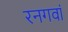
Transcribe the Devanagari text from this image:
रनगवां